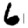
Digit: 6